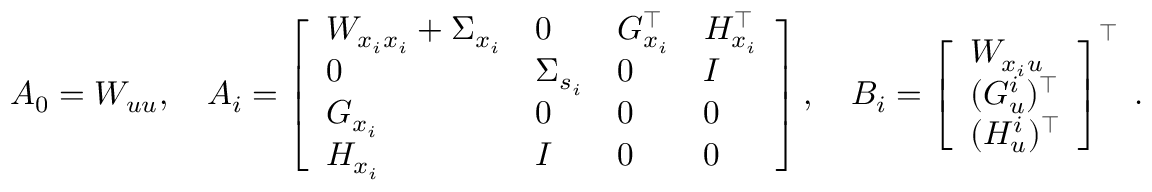
A _ { 0 } = W _ { u u } , \quad A _ { i } = \left[ \begin{array} { l l l l } { W _ { x _ { i } x _ { i } } + \Sigma _ { x _ { i } } } & { 0 } & { G _ { x _ { i } } ^ { \top } } & { H _ { x _ { i } } ^ { \top } } \\ { 0 } & { \Sigma _ { s _ { i } } } & { 0 } & { I } \\ { G _ { x _ { i } } } & { 0 } & { 0 } & { 0 } \\ { H _ { x _ { i } } } & { I } & { 0 } & { 0 } \end{array} \right] , \quad B _ { i } = \left[ \begin{array} { l } { W _ { x _ { i } u } } \\ { ( G _ { u } ^ { i } ) ^ { \top } } \\ { ( H _ { u } ^ { i } ) ^ { \top } } \end{array} \right] ^ { \top } \; .